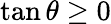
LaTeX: \tan\theta\geq 0